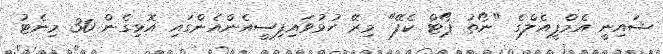
ޝައިނީ އެމްޕީއެލްގެ "ނޯތު ޕޯޓް ކެފޭ" މިރޭ ހުޅުވައިފިސީއެންއެންގައި އޮޅިގެން 30 މިނެޓު